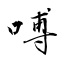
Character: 㗘